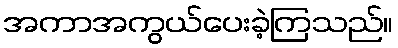
အကာအကွယ်ပေးခဲ့ကြသည်။